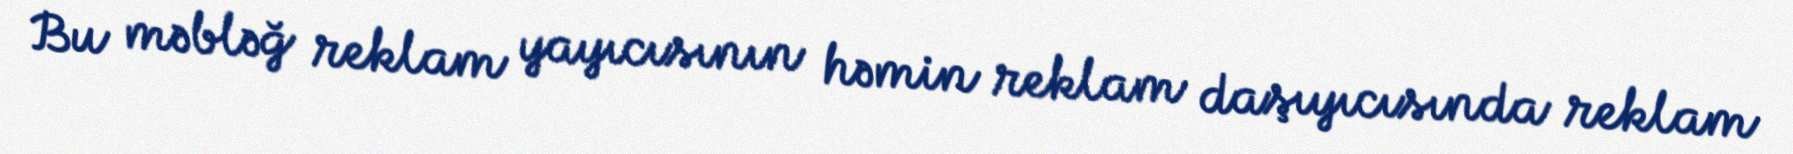
Bu məbləğ reklam yayıcısının həmin reklam daşıyıcısında reklam